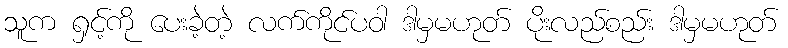
သူက ရှင့်ကို ပေးခဲ့တဲ့ လက်ကိုင်ပဝါ ဒါမှမဟုတ် ပိုးလည်စည်း ဒါမှမဟုတ်